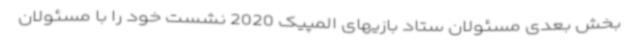
بخش بعدی مسئولان ستاد بازیهای المپیک 2020 نشست خود را با مسئولان